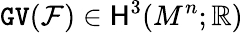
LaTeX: \mathtt{GV}({\mathcal F})\in{\mathsf{H}}^{3}(M^{n};\mathbb{R})